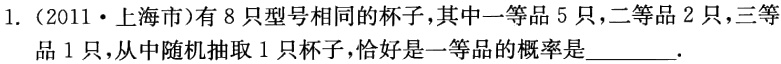
1.（2011·上海市）有 8 只型号相同的杯子，其中一等品 5 只，二等品 2 只，三等品 1 只，从中随机抽取 1 只杯子，恰好是一等品的概率是_________.